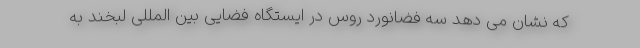
که نشان می دهد سه فضانورد روس در ایستگاه فضایی بین المللی لبخند به